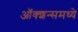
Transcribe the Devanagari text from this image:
ऑक्शन्समध्ये